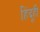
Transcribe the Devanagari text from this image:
हिंदूही